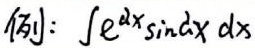
例：\(\int e^{ax}\sin ax\ dx\)